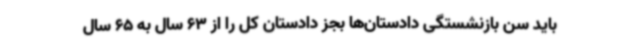
باید سن بازنشستگی دادستان‌ها بجز دادستان کل را از 63 سال به 65 سال